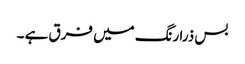
بس ذرا رنگ میں فرق ہے ۔